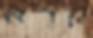
קרא